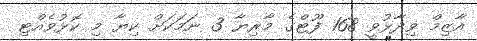
އާޒިމް ވިދާޅުވީ 168 ފޫޓްގެ މާރިޔާ 3 ނަަމަކަށް ކިޔާ މި ކޮޅުވެއްޓި